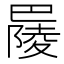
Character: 𢁋